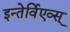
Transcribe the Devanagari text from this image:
इन्तेर्विएव्स्